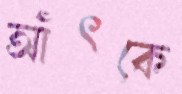
আঁৎকে